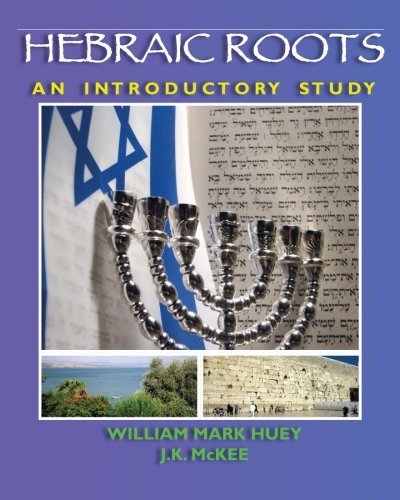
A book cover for Hebraic Roots: An Introductory Study; William Mark Huey; Christian Books & Bibles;